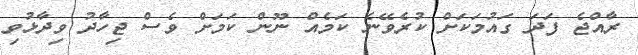
ރާއްޖެ ފަދަ ގައުމަކަށް ކުރެވޭނެ ކަމެއް ނޫން ކަމަށް ވެސް ޖިހާދު ވިދާޅުވި